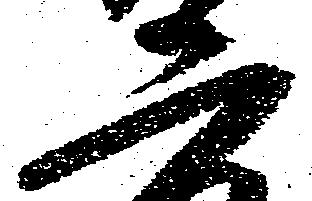
二